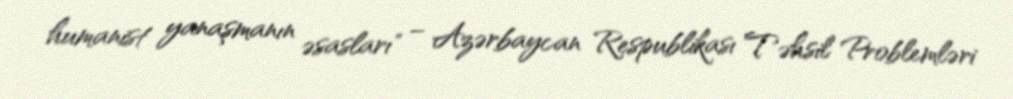
humanist yanaşmanın əsasları" – Azərbaycan Respublikası Təhsil Problemləri